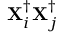
\mathbf { X } _ { i } ^ { \dagger } \mathbf { X } _ { j } ^ { \dagger }